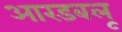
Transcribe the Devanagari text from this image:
आरडबलू